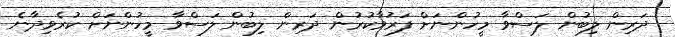
ދަރިން ލިބުން ލަސްވާ މީހުންނަށް ފަރުވާކުރުން ދަރިން ލިބުން ލަސްވާ މީހުންނަށް ކުރެވިދާނެ